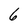
Character: 6